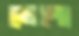
ভেঙ্গো